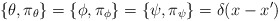
\begin{align*}\{\theta, \pi_{\theta}\} = \{\phi,\pi_{\phi}\} = \{\psi, \pi_{\psi}\} = \delta(x -x') \end{align*}